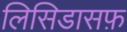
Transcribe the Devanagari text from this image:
लिसिडासफ़